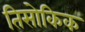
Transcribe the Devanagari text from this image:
तिसोकिक